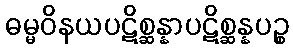
ဓမ္မဝိနယပဋိစ္ဆန္နာပဋိစ္ဆန္နပဉ္စ